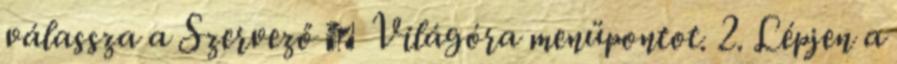
válassza a Szervező → Világóra menüpontot. 2. Lépjen a